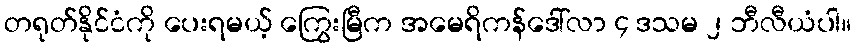
တရုတ်နိုင်ငံကို ပေးရမယ့် ကြွေးမြီက အမေရိကန်ဒေါ်လာ ၄ ဒသမ ၂ ဘီလီယံပါ။